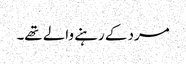
مرد کے رہنے والے تھے۔